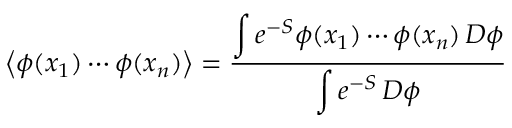
\left\langle \phi ( x _ { 1 } ) \cdots \phi ( x _ { n } ) \right\rangle = { \frac { \displaystyle \int e ^ { - S } \phi ( x _ { 1 } ) \cdots \phi ( x _ { n } ) \, D \phi } { \displaystyle \int e ^ { - S } \, D \phi } }